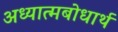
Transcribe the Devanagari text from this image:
अध्यात्मबोधार्थ